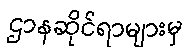
ဌာနဆိုင်ရာများမှ